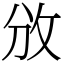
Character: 攽